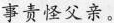
事责怪父亲。